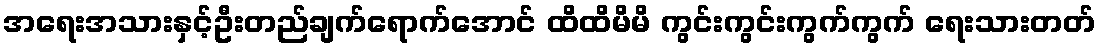
အရေးအသားနှင့်ဦးတည်ချက်ရောက်အောင် ထိထိမိမိ ကွင်းကွင်းကွက်ကွက် ရေးသားတတ်